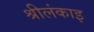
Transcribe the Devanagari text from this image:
श्रीलंकाइ